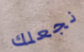
نجعلك